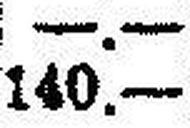
140.—